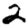
Digit: 2